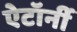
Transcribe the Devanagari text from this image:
ऐटॉर्नी